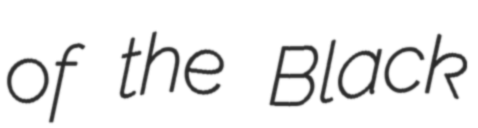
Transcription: of the Black